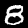
Digit: 8